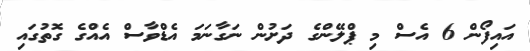
އައިފޯން 6 އެސް މި ޕްލޭންގެ ދަށުން ނަގާނަމަ އެޑްވާސް އެއްގެ ގޮތުގައި